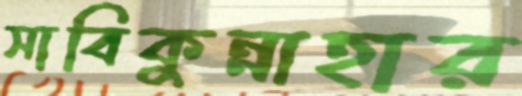
সাবিকুন্নাহার